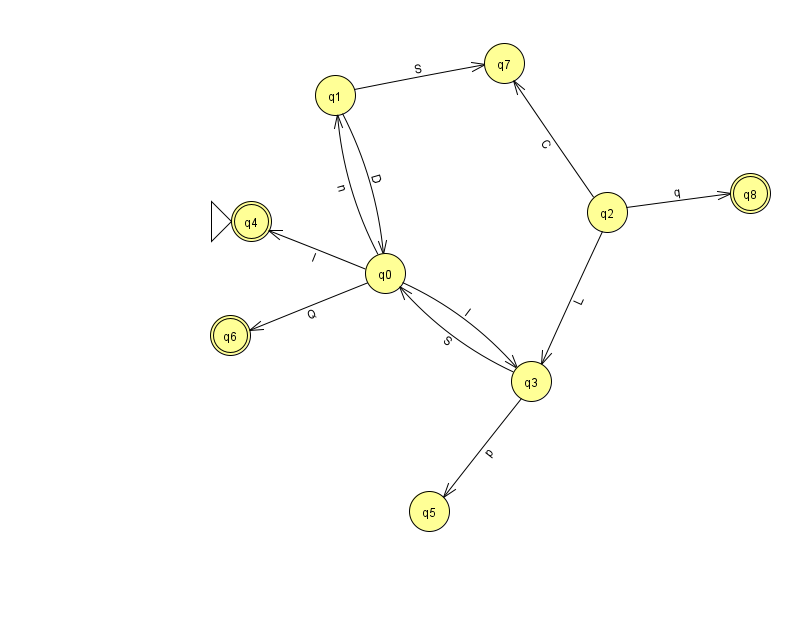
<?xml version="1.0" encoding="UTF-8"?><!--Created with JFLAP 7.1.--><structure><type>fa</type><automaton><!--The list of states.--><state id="0" name="q0"><x>385.0</x><y>260.0</y></state><state id="1" name="q1"><x>335.0</x><y>82.0</y></state><state id="2" name="q2"><x>607.0</x><y>199.0</y></state><state id="3" name="q3"><x>531.0</x><y>368.0</y></state><state id="4" name="q4"><x>251.0</x><y>208.0</y><initial/><final/></state><state id="5" name="q5"><x>429.0</x><y>498.0</y></state><state id="6" name="q6"><x>230.0</x><y>322.0</y><final/></state><state id="7" name="q7"><x>504.0</x><y>50.0</y></state><state id="8" name="q8"><x>750.0</x><y>180.0</y><final/></state><!--The list of transitions.--><transition><from>2</from><to>3</to><read>L</read></transition><transition><from>0</from><to>6</to><read>Q</read></transition><transition><from>3</from><to>0</to><read>S</read></transition><transition><from>2</from><to>7</to><read>C</read></transition><transition><from>1</from><to>0</to><read>D</read></transition><transition><from>1</from><to>7</to><read>S</read></transition><transition><from>0</from><to>4</to><read>I</read></transition><transition><from>0</from><to>3</to><read>l</read></transition><transition><from>0</from><to>1</to><read>n</read></transition><transition><from>2</from><to>8</to><read>q</read></transition><transition><from>3</from><to>5</to><read>p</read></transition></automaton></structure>